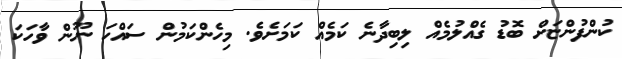
ކުންފުންޏަށް ބޮޑު ގެއްލުމެއް ލިބިދާނެ ކަމެއް ކަމަށެވެ. މިހެންކަމުން ސައްހަ ނޫން ވާހަކަ